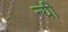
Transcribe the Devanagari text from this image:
न्यी